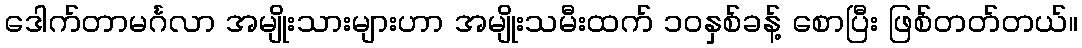
ဒေါက်တာမင်္ဂလာ အမျိုးသားများဟာ အမျိုးသမီးထက် ၁၀နှစ်ခန့် စောပြီး ဖြစ်တတ်တယ်။